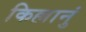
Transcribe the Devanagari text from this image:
किल्लानुं